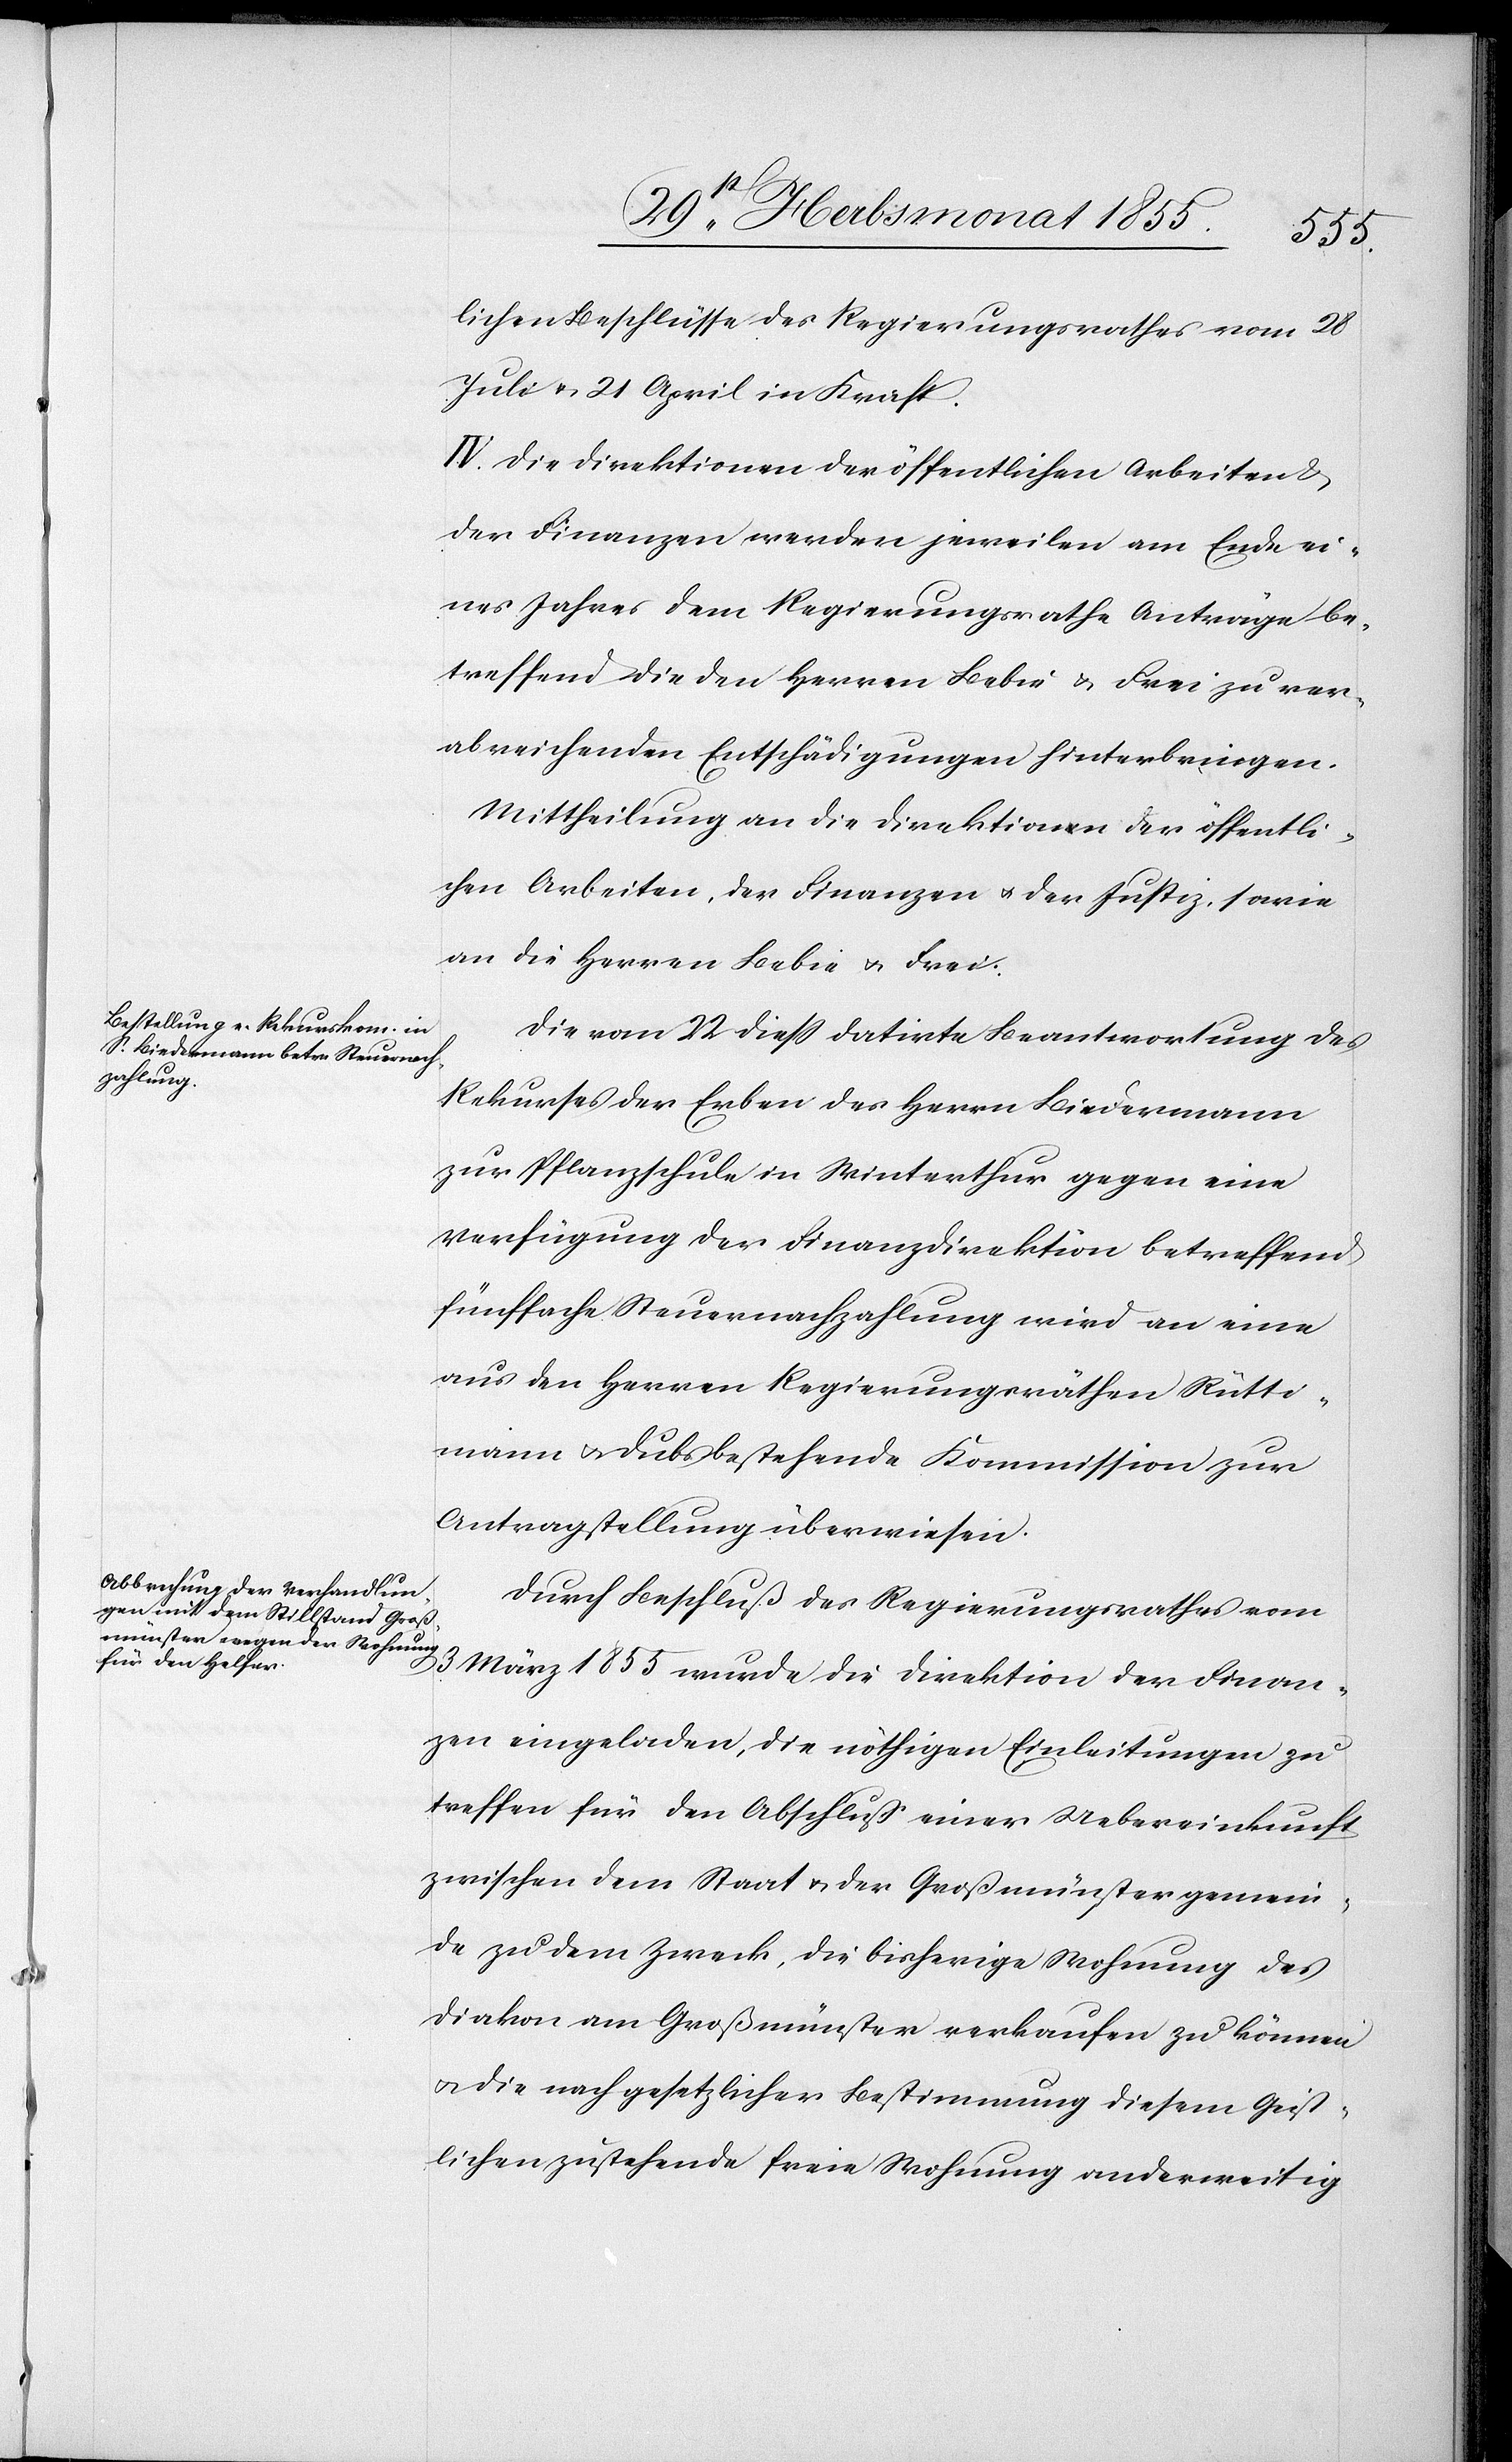
lichen Beschlüsse des Regierungsrathes vom 28
Juli & 21 April in Kraft.
IV. Die Direktionen der öffentlichen Arbeiten &
der Finanzen werden jeweilen am Ende ei¬
nes Jahres dem Regierungsrathe Anträge be¬
treffend die den Herren Bebie & Frei zu ver¬
abreichenden Entschädigungen hinterbringen.
Mittheilung an die Direktionen der öffentli¬
chen Arbeiten, der Finanzen & der Justiz, sowie
an die Herren Bebie & Frei.
Die vom 22 diess datirte Beantwortung des
Rekurses der Erben des Herrn Biedermann
zur Pflanzschule in Winterthur gegen eine
Verfügung der Finanzdirektion betreffend
fünffache Steuernachzahlung wird an eine
aus den Herren Regierungsräthen Rütti¬
mann & Dubs bestehende Kommission zur
Antragstellung überwiesen.
Durch Beschluß des Regierungsrathes vom
3 März 1855 wurde die Direktion der Finan¬
zen eingeladen, die nöthigen Einleitungen zu
treffen für den Abschluß einer Uebereinkunft
zwischen dem Staat & der Großmünstergemein¬
de zu dem Zweck, die bisherige Wohnung des
Diakon am Großmünster verkaufen zu können
& die nach gesetzlicher Bestimmung diesem Geist¬
lichen zustehende freie Wohnung anderweitig